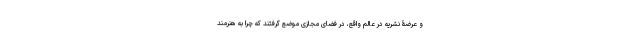
و عرضۀ نشریه در عالم واقع، در فضای مجازی موضع گرفتند که چرا به هنرمند